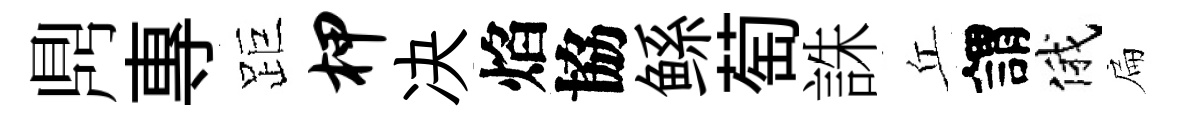
𪔂專距柙决焰協鲧萄誅丘謂俄扁